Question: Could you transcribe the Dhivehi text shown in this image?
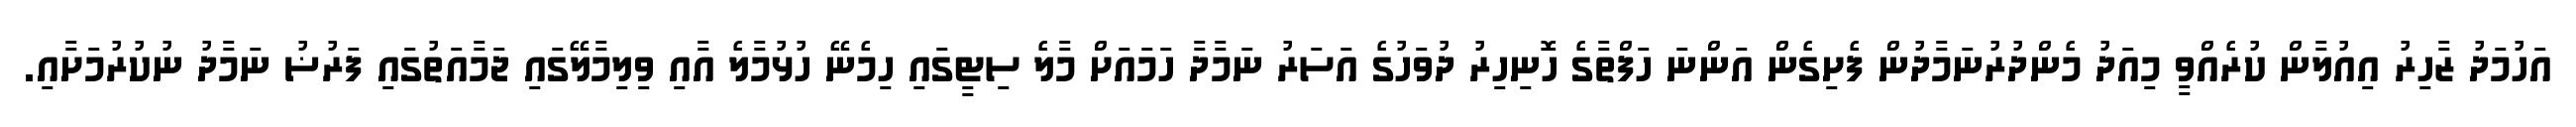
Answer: އަހުމަދު ޒާހިރު އިއުލާން ކުރެއްވީ މިއަދު މެންދުރުނަމާދުން ފެށިގެން އަންނަ ހަފްތާގެ ހޮނިހިރު ދުވަހުގެ އަސަރު ނަމާދާ ހަމައަށް މާލެ ސިޓީގައި ހިމެނޭ ހުޅުމާލެ އާއި ވިލިމާލޭގައި ޖަމާއަތުގައި ފަރުޟު ނަމާދު ނުކުރުމަށާއި.